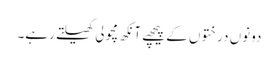
دونوں درختوں کے پیچھے آنکھ مچولی کھیلتے رہے۔